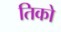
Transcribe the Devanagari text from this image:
तिको